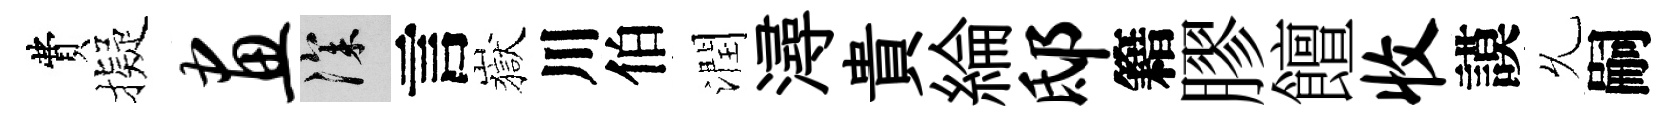
費擬画深言嶽川伯潤潯貴綸邸籍膠饘收謨𠃔嗣